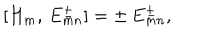
[ H _ { m } , \, E _ { m n } ^ { \pm } ] = \pm \, E _ { m n } ^ { \pm } ,